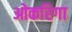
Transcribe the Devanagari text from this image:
ओकरिगा